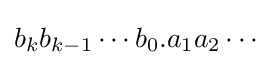
b_{k}b_{k-1}\cdots b_{0}.a_{1}a_{2}\cdots